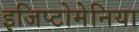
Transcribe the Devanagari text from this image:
इजिप्टोमेनिया